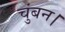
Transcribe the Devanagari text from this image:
चुंबन।